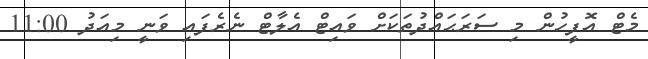
މެޓް އޮފީހުން މި ސަރަޙައްދުތަކަށް ވައިޓް އެލާޓް ނެރެފައި ވަނީ މިއަދު 11:00